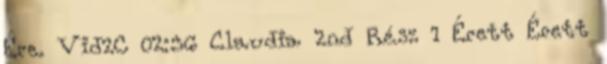
Ére. Vid2C 02:36 Claudia 2nd Rész 1 Érett Érett